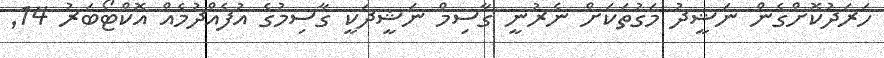
ހަރަދުކޮށްގެން ނަޝީދު މަގުތަކަށް ނެރުނީ ގާސިމް ނަޝީދަކީ ގާސިމުގެ އުފެއްދުމެއް އޮކްޓޯބަރު 14